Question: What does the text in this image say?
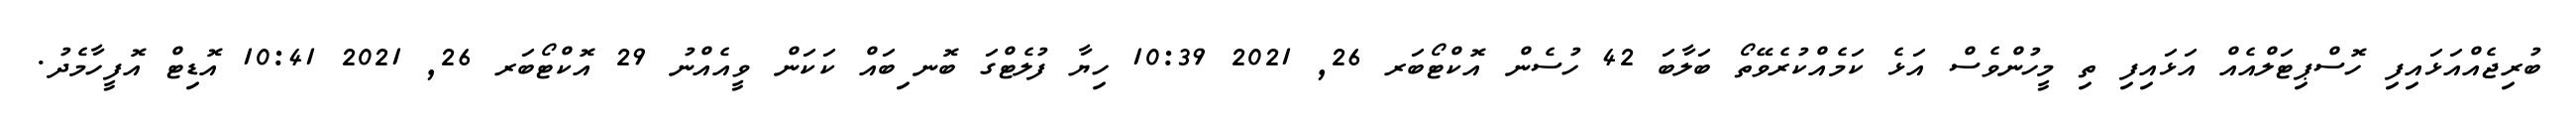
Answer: ބުރިޖެއްއަޅައިފި ހޮސްޕިޓަލްއެއް އަޅައިފި ތި މީހުންވެސް އަޅެ ކަމެއްކުރެވޭތޯ ބަލާބަ 42 ހުސެން އޮކްޓޯބަރ 26, 2021 10:39 ހިޔާ ފުލެޓްގަ ބޮނޱިބައް ކަކަން ވީއެއްނު 29 އޮކްޓޯބަރ 26, 2021 10:41 އޮޑިޓް އޮފީހާމެދު.